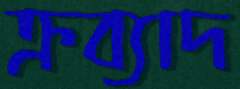
ক্রব্যাদ